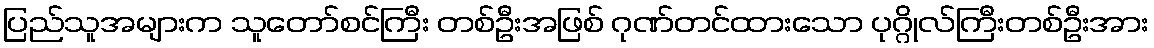
ပြည်သူအများက သူတော်စင်ကြီး တစ်ဦးအဖြစ် ဂုဏ်တင်ထားသော ပုဂ္ဂိုလ်ကြီးတစ်ဦးအား